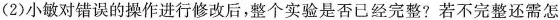
(2)小敏对错误的操作进行修改后，整个实验是否已经完整?若不完整还需怎